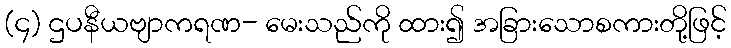
(၄) ဌပနီယဗျာကရဏ- မေးသည်ကို ထား၍ အခြားသောစကားတို့ဖြင့်